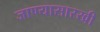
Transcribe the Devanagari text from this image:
जाण्यासारखी